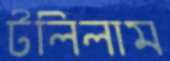
টলিলাম